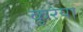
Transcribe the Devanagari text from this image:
कुरेया